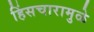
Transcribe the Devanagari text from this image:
हिंसचारामुळे